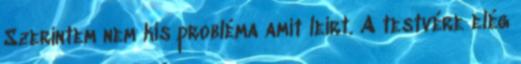
Szerintem nem kis probléma amit leírt. A testvére elég